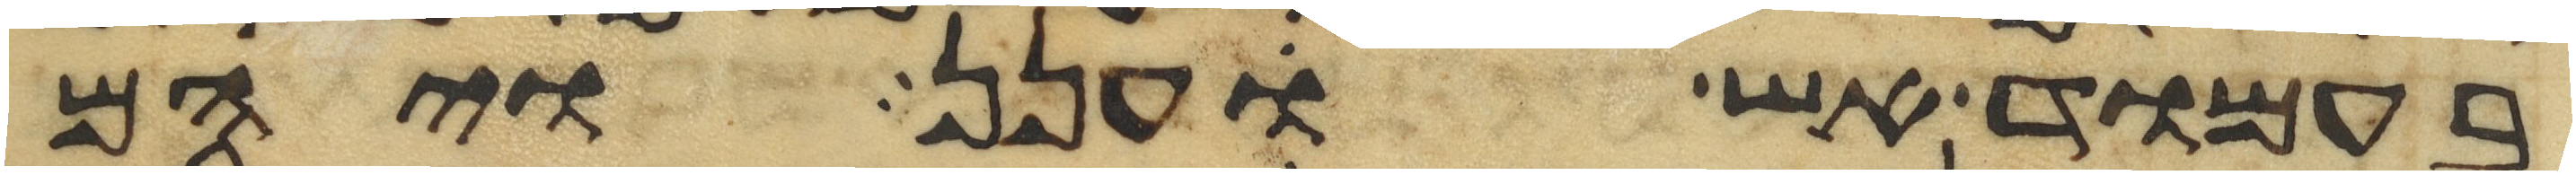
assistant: בעמוד אש וענן ויהם